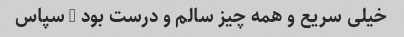
خیلی سریع و همه چیز سالم و درست بود … سپاس